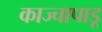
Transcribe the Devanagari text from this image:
काज्चापाडू